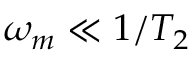
\omega _ { m } \ll 1 / T _ { 2 }